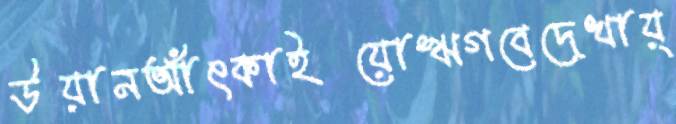
উয়ানআঁৎকাইয়োঋগবেদেখায়্